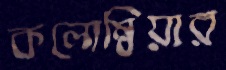
কলোম্বিয়ার